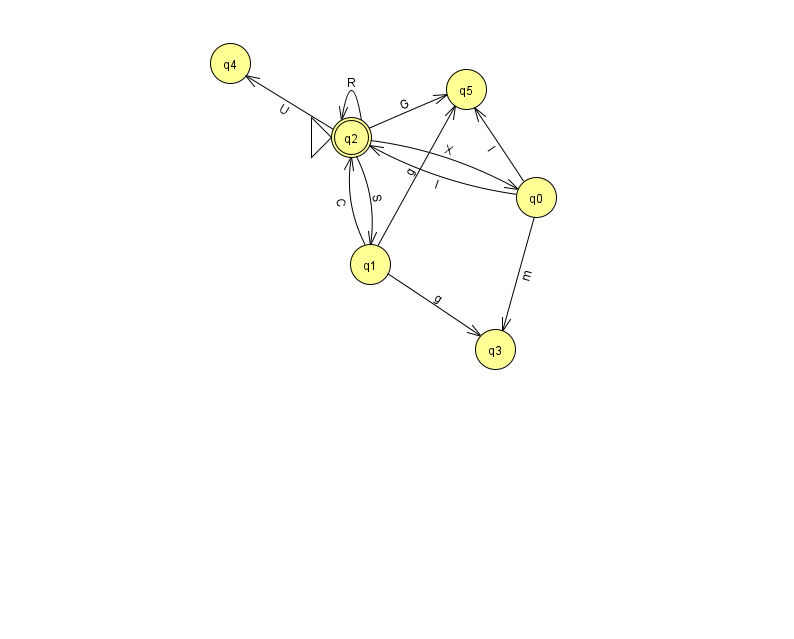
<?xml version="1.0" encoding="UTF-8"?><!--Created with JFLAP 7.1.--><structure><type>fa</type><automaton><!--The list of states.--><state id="0" name="q0"><x>536.0</x><y>184.0</y></state><state id="1" name="q1"><x>370.0</x><y>251.0</y></state><state id="2" name="q2"><x>351.0</x><y>124.0</y><initial/><final/></state><state id="3" name="q3"><x>495.0</x><y>336.0</y></state><state id="4" name="q4"><x>230.0</x><y>50.0</y></state><state id="5" name="q5"><x>466.0</x><y>76.0</y></state><!--The list of transitions.--><transition><from>0</from><to>3</to><read>m</read></transition><transition><from>1</from><to>5</to><read>g</read></transition><transition><from>2</from><to>5</to><read>G</read></transition><transition><from>2</from><to>2</to><read>R</read></transition><transition><from>1</from><to>2</to><read>C</read></transition><transition><from>2</from><to>1</to><read>S</read></transition><transition><from>2</from><to>4</to><read>U</read></transition><transition><from>0</from><to>5</to><read>I</read></transition><transition><from>2</from><to>0</to><read>X</read></transition><transition><from>0</from><to>2</to><read>I</read></transition><transition><from>1</from><to>3</to><read>g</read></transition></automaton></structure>